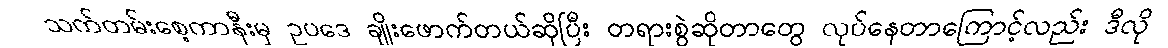
သက်တမ်းစေ့ကာနီးမှ ဥပဒေ ချိုးဖောက်တယ်ဆိုပြီး တရားစွဲဆိုတာတွေ လုပ်နေတာကြောင့်လည်း ဒီလို